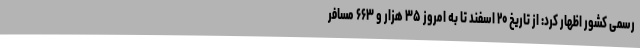
رسمی کشور اظهار کرد: از تاریخ ۲۰ اسفند تا به امروز ۳۵ هزار و ۶۶۳ مسافر